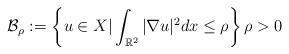
LaTeX: \begin{align*}\mathcal{B}_{\rho }:=\left\{ u\in X|\int_{\mathbb{R}^{2}}|\nabla u|^{2}dx\leq \rho \right\} \rho >0\end{align*}